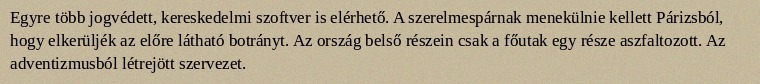
Egyre több jogvédett, kereskedelmi szoftver is elérhető. A szerelmespárnak menekülnie kellett Párizsból, hogy elkerüljék az előre látható botrányt. Az ország belső részein csak a főutak egy része aszfaltozott. Az adventizmusból létrejött szervezet.